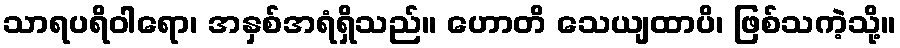
သာရပရိဝါရော၊ အနှစ်အရံရှိသည်။ ဟောတိ သေယျထာပိ၊ ဖြစ်သကဲ့သို့။